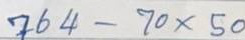
764 - 70 x 50